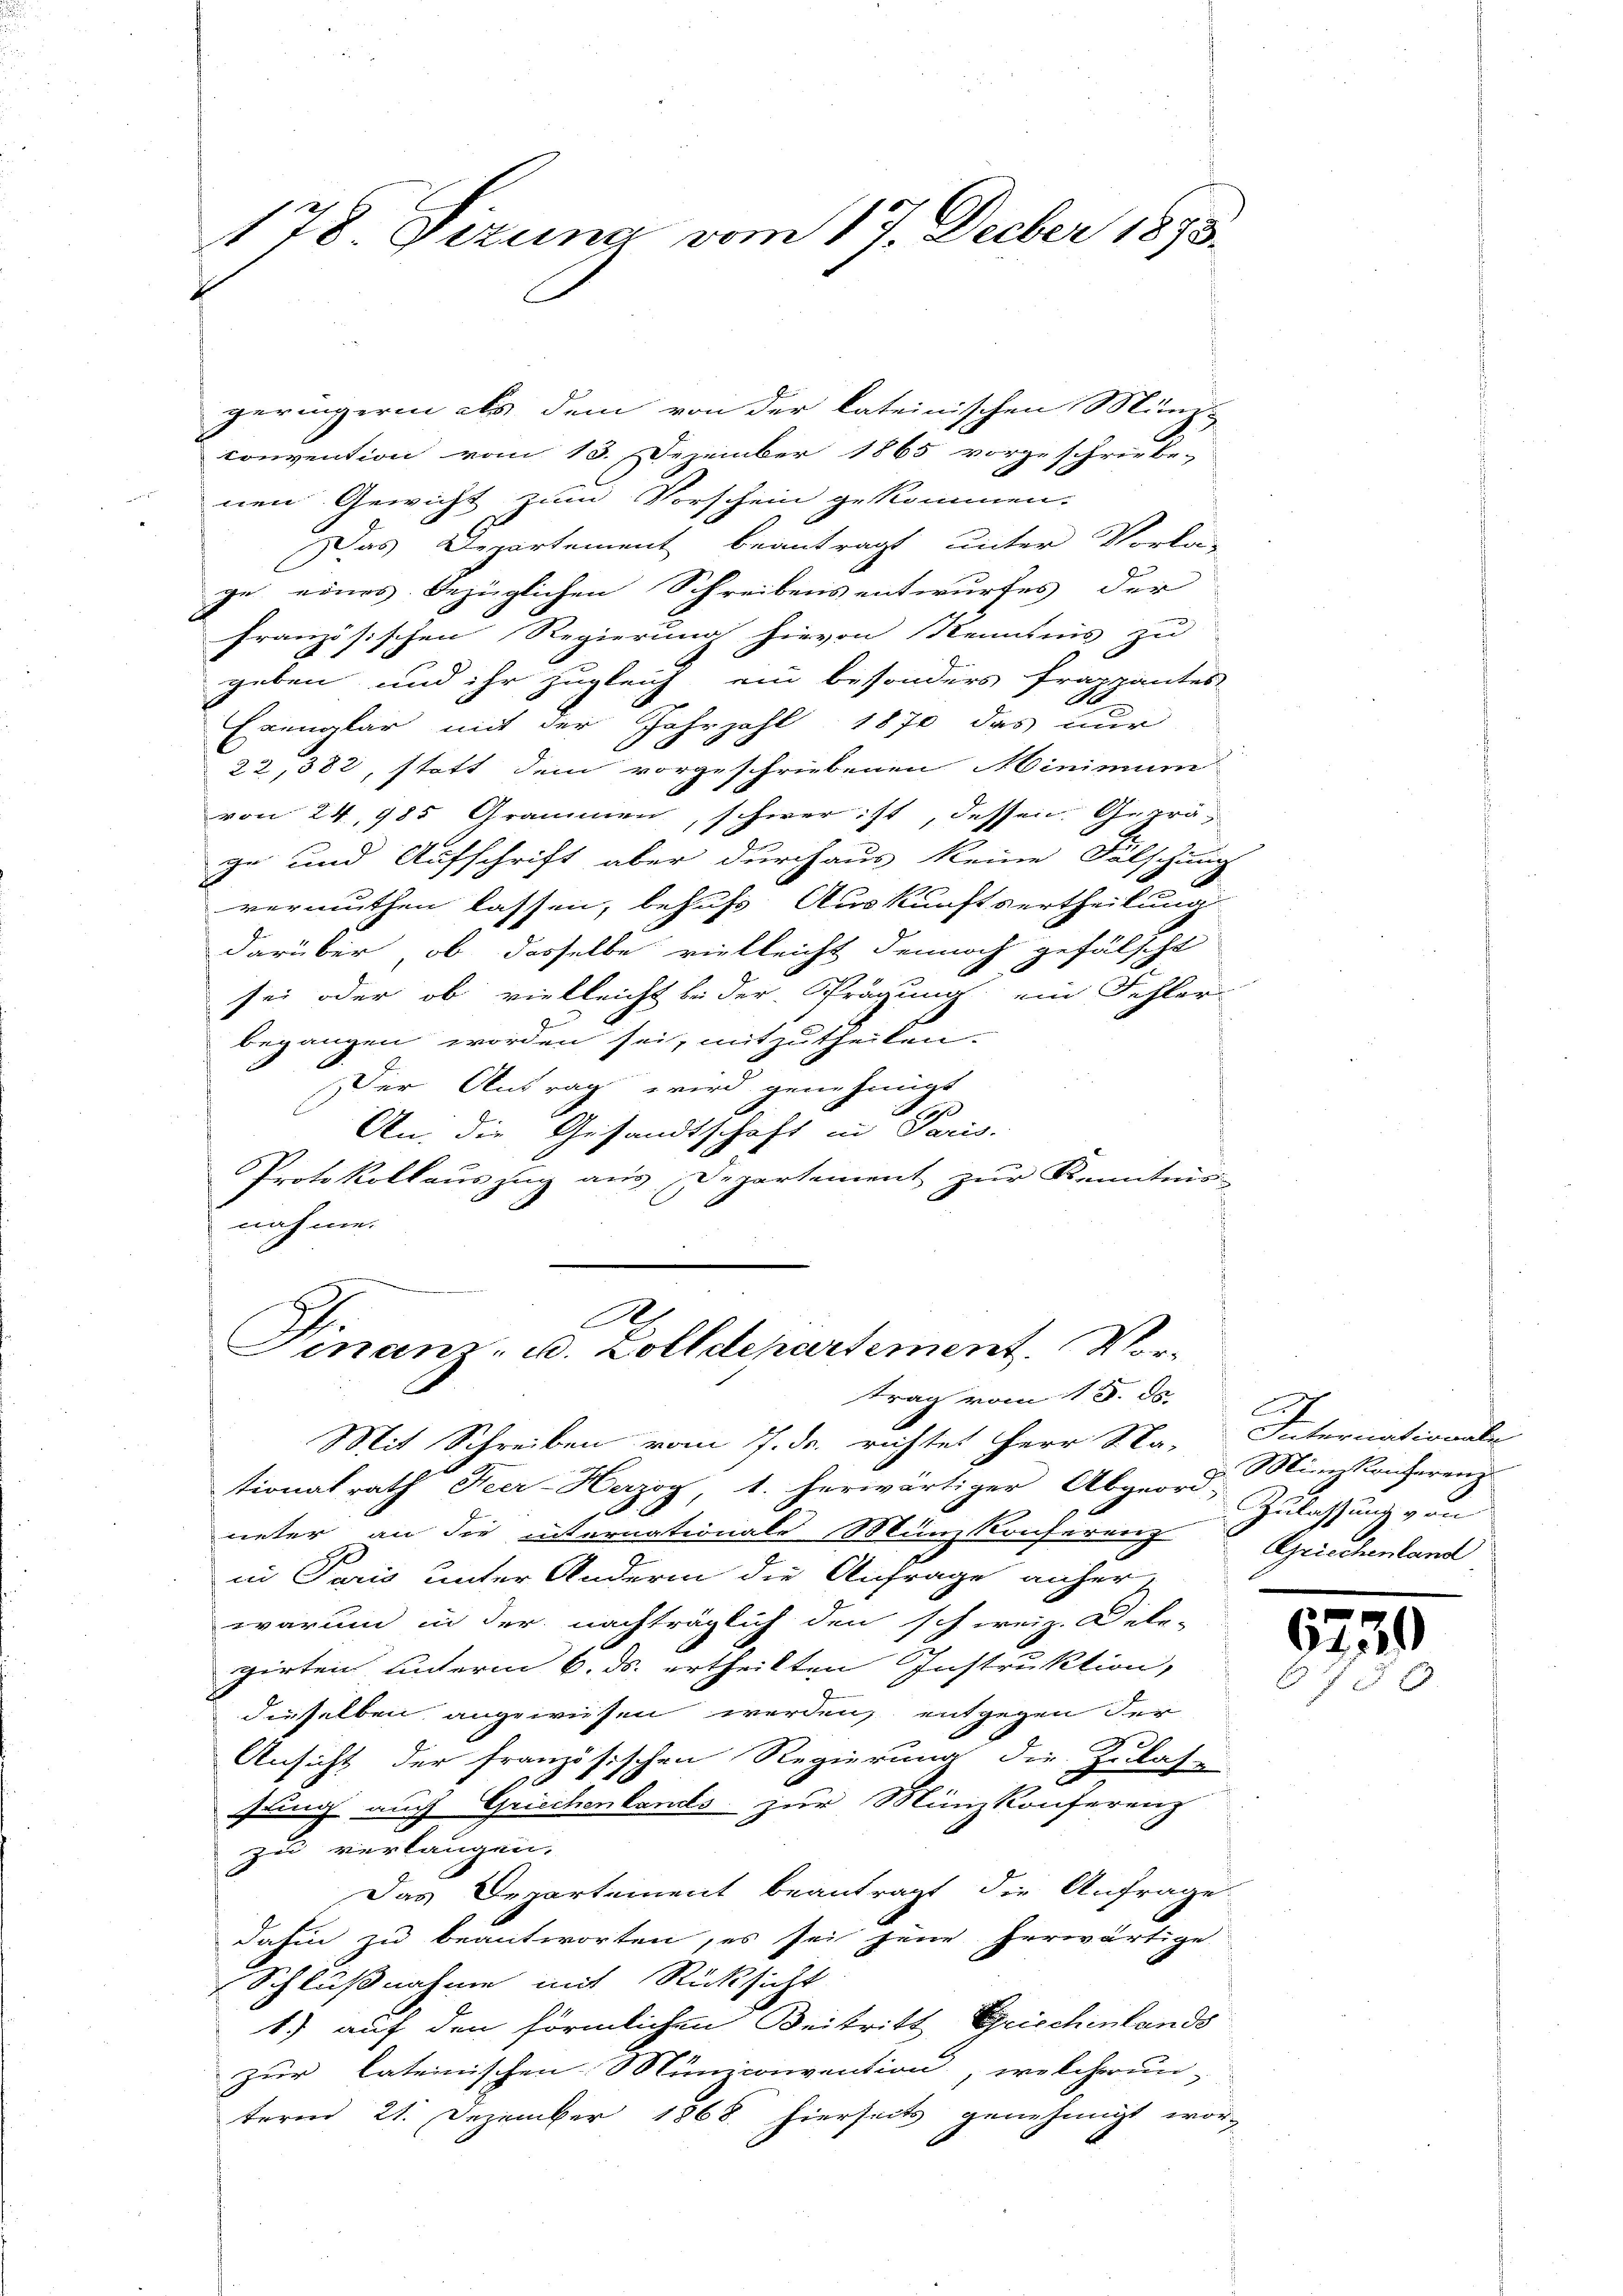
178 Dizung vom 17. Decber 1893.

geringeren als dem von der lateinischen Münzi
convention vom 13. Dezember 1865 vorgeschriebe-
nen Gewicht zum Vorschein gekommen.
Das Departement beantragt unter Vorla-
ge eines bezüglichen Schreibens entwurfes der
französischen Regierung hievon Kenntnis zu
geben und ihr zugleich ein besonders frappantes
Exemplar mit der Jahrzahl 1870 das nur
22,382, statt dem vorgeschriebenen Minimum
d
von 24, 985 Grammen, schwer ist, dessen Gepräzu und Aufschrift aber durchaus keine Fälschung
vermuthen lassen, behufs Auskunftsertheilung
darüber, ob dasselbe vielleicht dennoch gefälscht
sei oder ob vielleicht bei der Prägung ein Fehler-
begangen worden sei, mitzutheilen.
Der Antrag wird genehmigt
An die Gesandtschaft in Paris
Protokollauszug aus Departement zur Kenntnis
nahme.

A
Finanz- u. Zolldepartement. Vortrag vom 15. ds.

Mit Schreiben vom 7. ds. richtet Herr Na- Internationale
tionalrath Heer-Herzog, 1. herwärtiger Abgeord Münzkricher
1
ueter an die internationale Münzkonferenz
in Paris unter Andern die Anfrage anher
warum in der nachträglich den schweiz. Dele-
girten unterm 6. ds. ertheilten Instruktion,
dieselben angewiesen werden, entgegen der
Ansicht der französischen Regierung die Zulas-
B
sung auch Griechenlands zur Münzkonferenz
zu verlangen.
Das Departement beantragt die Anfrage
dahin zu beantworten, es sei jene herwärtige
Schlußnahme mit Rücksicht
1.) auf den förmlichen Beitritt, Grischenlands
zur lateinischen Münzconvention, welcherun-
teren 21. Dezember 1868 hierseits genehmigt wor-

A
Zulassung von
Griechenland

6739